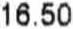
16.50